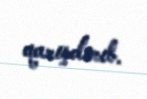
qarışdırıb.